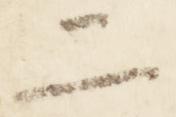
二